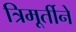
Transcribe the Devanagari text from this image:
त्रिमूर्तीने